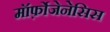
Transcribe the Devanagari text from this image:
मॉर्फ़ोजेनेसिस